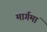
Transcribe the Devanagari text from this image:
मार्गमां